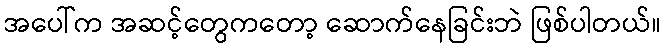
အပေါ်က အဆင့်တွေကတော့ ဆောက်နေခြင်းဘဲ ဖြစ်ပါတယ်။